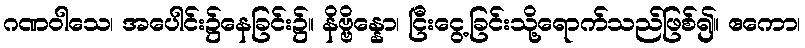
ဂဏဝါသေ၊ အပေါင်း၌နေခြင်း၌။ နိဗ္ဗိန္နော၊ ငြီးငွေ့ခြင်းသို့ရောက်သည်ဖြစ်၍။ ဧကော၊